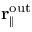
{ \bf r } _ { \parallel } ^ { \mathrm { o u t } }